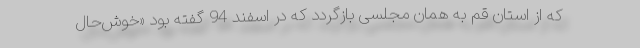
که از استان قم به همان مجلسی بازگردد که در اسفند 94 گفته بود «خوش‌حال